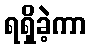
ရရှိခဲ့ကာ